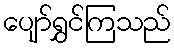
ပျော်ရွှင်ကြသည်